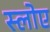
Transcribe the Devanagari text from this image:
स्लोए